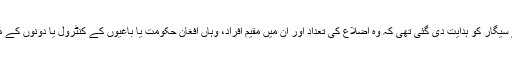
تاہم اس سہ ماہی میں امریکی محکمہ دفاع کی جانب سے سیگار کو ہدایت دی گئی تھی کہ وہ اضلاع کی تعداد اور ان میں مقیم افراد، وہاں افغان حکومت یا باغیوں کے کنٹرول یا دونوں کے مقابلے سے متعلق عوامی اعداد و شمار جاری نہیں کرے۔